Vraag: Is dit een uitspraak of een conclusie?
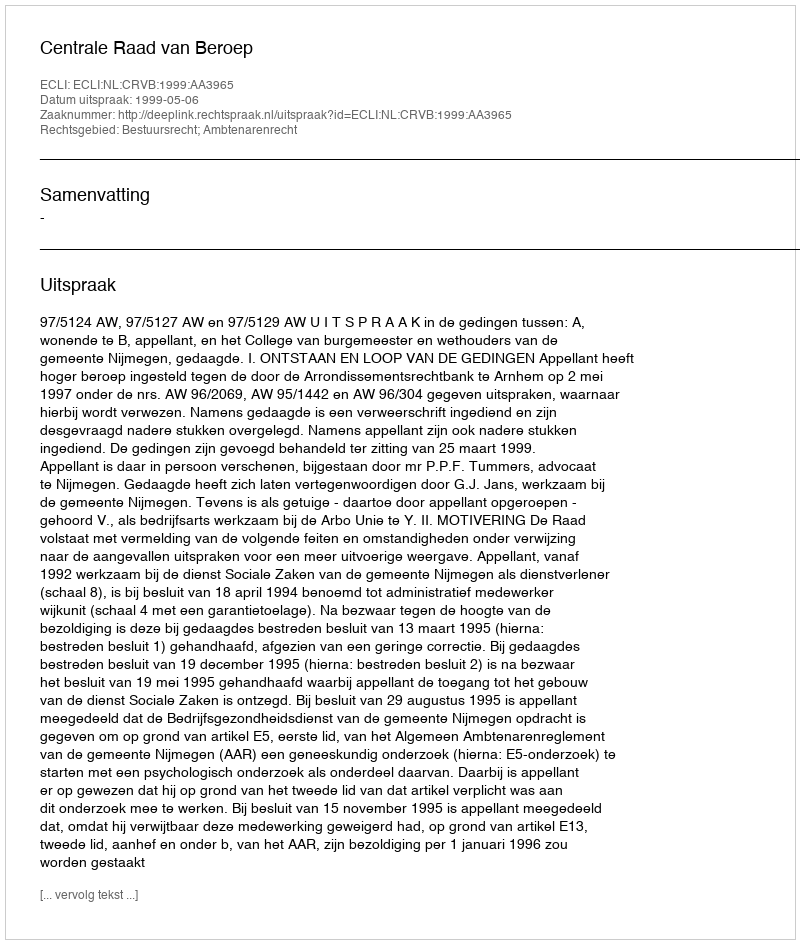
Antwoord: Uitspraak